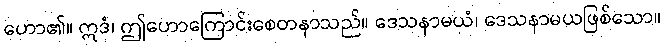
ဟော၏။ ဣဒံ၊ ဤဟောကြောင်းစေတနာသည်။ ဒေသနာမယံ၊ ဒေသနာမယဖြစ်သော။